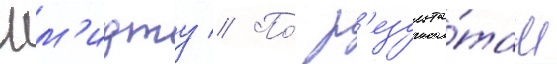
Шм'идту // По́ р'езульта́там